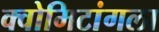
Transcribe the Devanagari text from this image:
क्वोमिटांगला